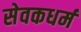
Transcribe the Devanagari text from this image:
सेवकधर्म